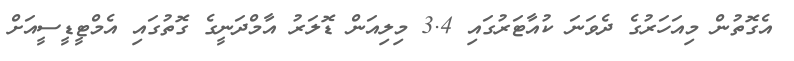
އެގޮތުން މިއަހަރުގެ ދެވަަނަ ކުއާޓަރުގައި 3.4 މިލިއަން ޑޮލަރު އާމްދަނީގެ ގޮތުގައި އެމްޓީޑީސީއަށް